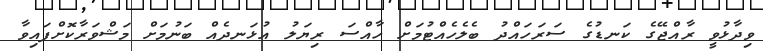
ވިދާޅުވީ ރާއްޖޭގެ ކަނޑުގެ ސަރަހައްދު ބެލެހެއްޓުމަށް ހާއްސަ ރިޔަލު އުޅަނދެއް ބަނުމަށް މަޝްވަރާކޮށްފައިވާ